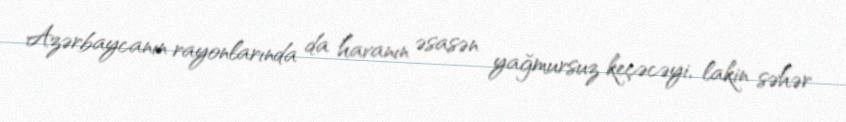
Azərbaycanın rayonlarında da havanın əsasən yağmursuz keçəcəyi, lakin səhər